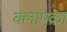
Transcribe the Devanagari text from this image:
क्लाएका